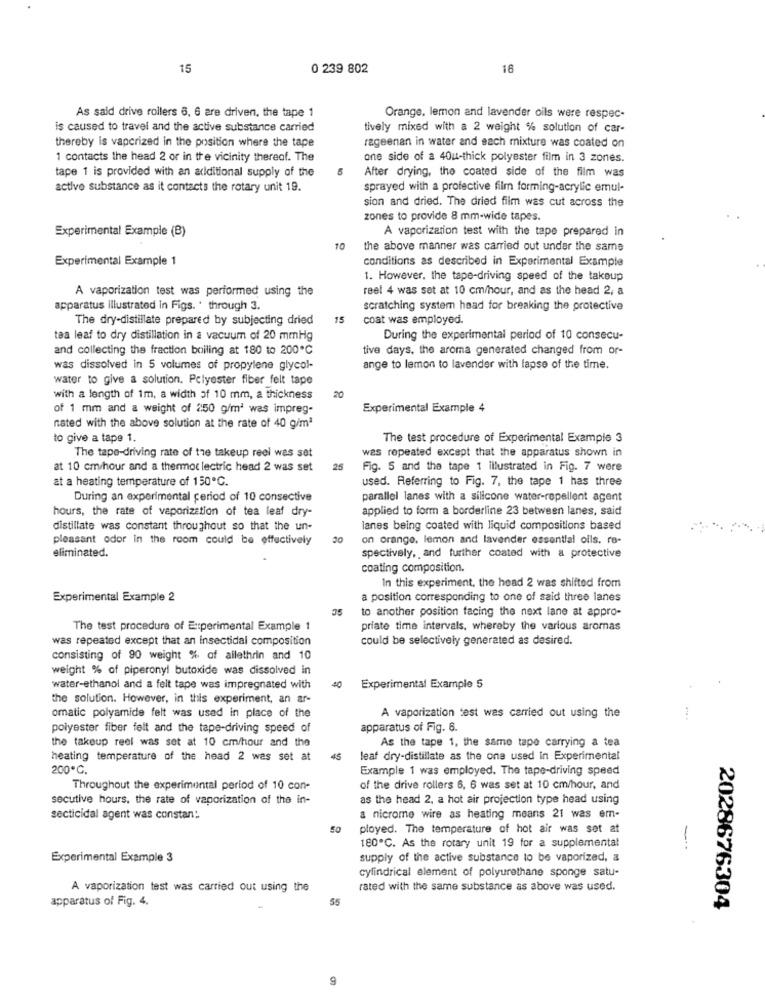
15
0 239 802
16
As said drive rollers 6, 6 are driven, the tape 1
Orange, lemon and lavender oils were respec-
is caused to travel and the active substance carried
tively mixed with a 2 weight % solution of car-
thereby is vaporized in the position where the tape
rageenan in water and each mixture was coated on
1 contacts the head 2 or in the vicinity thereof. The
one side of a 40u-thick polyester film in 3 zones.
tape 1 is provided with an additional supply of the
After drying, the coated side of the film was
active substance as it contacts the rotary unit 19.
sprayed with a profective film forming-acrylic emul-
sion and dried. The dried film was cut across the
zones to provide 8 mm-wide tapes.
Experimental Example (B)
A vaporization test with the tape prepared in
10
the above manner was carried out under the same
Experimental Example 1
conditions as described in Experimental Example
1. However, the tape-driving speed of the takeup
A vaporization test was performed using the
reel 4 was set at 10 cm/hour, and as the head 2, a
apparatus illustrated in Figs. . through 3.
scratching system head for breaking the protective
The dry-distillate prepared by subjecting dried
15
coat was employed.
tea leaf to dry distillation in a vacuum of 20 mmHg
During the experimental period of 10 consecu-
and collecting the fraction boiling at 180 to 200℃
tive days, the aroma generated changed from or-
was dissolved in 5 volumes of propylene glycol-
ange to lemon to lavender with lapse of the time.
water to give a solution. Polyester fiber felt tape
with a length of 1m, a width of 10 mm, a thickness
20
of 1 mm and a weight of 2:50 g/m2 was impreg-
Experimental Example 4
nated with the above solution at the rate of 40 g/mª
to give a tape 1.
The test procedure of Experimental Example 3
was repeated except that the apparatus shown in
The tape-driving rate of the takeup reel was set
at 10 cm/hour and a thermoc lectric head 2 was set
25
Fig. 5 and the tape 1 illustrated in Fig. 7 were
at a heating temperature of 150℃.
used. Referring to Fig. 7, the tape 1 has three
During an experimental period of 10 consective
parallel lanes with a silicone water-repellent agent
hours, the rate of vaporization of tea leaf dry-
applied to form a borderline 23 between lanes, said
distillate was constant throughout so that the un-
lanes being coated with liquid compositions based
pleasant odor in the room could be effectively
on orange, lemon and lavender essential oils. re-
eliminated.
spectively, and further coated with a protective
coating composition.
In this experiment, the head 2 was shifted from
Experimental Example 2
a position corresponding to one of said three lanes
to another position facing the next lane at appro-
The test procedure of Experimental Example 1
priate time intervals, whereby the various aromas
was repeated except that an insectidal composition
could be selectively generated as desired.
consisting of 90 weight % of allethrin and 10
weight % of piperonyl butoxide was dissolved in
40
water-ethanol and a felt tape was impregnated with
Experimental Example 5
the solution. However, in this experiment, an ar-
omatic polyamide felt was used in place of the
A vaporization test was carried out using the
poiyester fiber felt and the tape-driving speed of
apparatus of Fig. 6.
the takeup reel was set at 10 cm/hour and the
As the tape 1, the same tape carrying a tea
heating temperature of the head 2 was set at
45
leaf dry-distillate as the one used in Experimental
200℃.
Example 1 was employed. The tape-driving speed
Throughout the experimental period of 10 con-
of the drive rollers 6, 6 was set at 10 cm/hour, and
secutive hours, the rate of vaporization of the in-
as the head 2, a hot air projection type head using
secticidal agent was constan:
a nicrome wire as heating means 21 was em-
ployed. The temperature of hot air was set at
180℃. As the rotary unit 19 for a supplementat
--
Experimental Example 3
supply of the active substance to be vaporized, &
cylindrical element of polyurethane sponge satu-
A vaporization test was carried out using the
rated with the same substance as above was used.
apparatus of Fig. 4.
55
2028676304
9